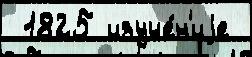
 1825 изуче́н'иjе